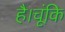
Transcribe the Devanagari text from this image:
है।चूंकि